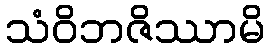
သံဝိဘဇိဿာမိ